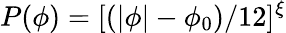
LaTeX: P(\phi)=[(|\phi|-\phi_{0})/12]^{\xi}